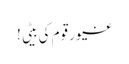
غیور قوم کی بیٹی !